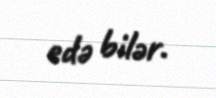
edə bilər.